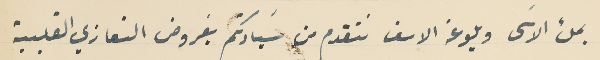
بملء الاسَى وبلوعة الاسف نتقدم من سَيادتكم بفروض التعازي القلبية